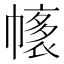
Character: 𢄴